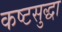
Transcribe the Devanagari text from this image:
कष्टसुद्धा